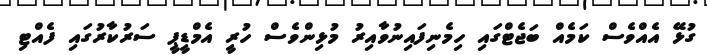
ގުޅޭ އެއްވެސް ކަމެއް ބަޖެޓްގައި ހިމެނިފައިނުވާއިރު މުޅިންވެސް ހުރީ އެމްޑީޕީ ސަރުކާރުގައި ފެއްޓި